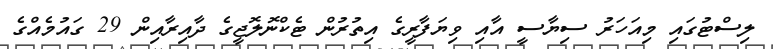
ލިސްޓުގައި މިއަހަރު ސިޔާސީ އާއި ވިޔަފާރީގެ އިތުރުން ޓެކްނޮލޮޖީގެ ދާއިރާއިން 29 ގައުމެއްގެ